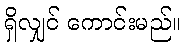
ရှိလျှင် ကောင်းမည်။